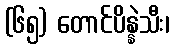
(၆၅) တောင်ပိန္နဲသီး၊